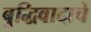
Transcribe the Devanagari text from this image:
बुद्धिवादाचे